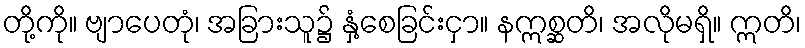
တို့ကို။ ဗျာပေတုံ၊ အခြားသူ၌ နှံ့စေခြင်းငှာ။ နဣစ္ဆတိ၊ အလိုမရှိ။ ဣတိ၊